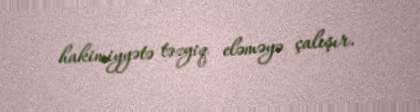
hakimiyyətə təzyiq eləməyə çalışır.